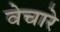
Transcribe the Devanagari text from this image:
वेचारे